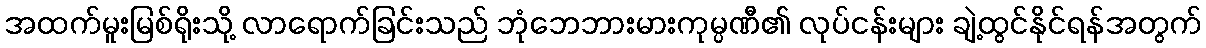
အထက်မူးမြစ်ရိုးသို့ လာရောက်ခြင်းသည် ဘုံဘေဘားမားကုမ္ပဏီ၏ လုပ်ငန်းများ ချဲ့ထွင်နိုင်ရန်အတွက်